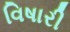
વિષારી